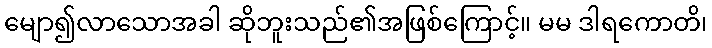
မျော၍လာသောအခါ ဆိုဘူးသည်၏အဖြစ်ကြောင့်။ မမ ဒါရကောတိ၊